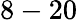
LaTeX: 8-20